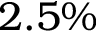
2 . 5 \%